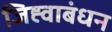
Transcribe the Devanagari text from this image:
जिह्वाबंधन